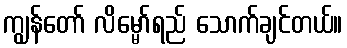
ကျွန်တော် လိမ္မော်ရည် သောက်ချင်တယ်။